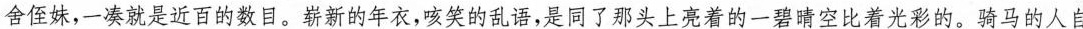
舍侄妹，一凑就是近百的数目。崭新的年衣,咳笑的乱语,是同了那头上亮着的一碧晴空比着光彩的。骑马的人自